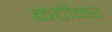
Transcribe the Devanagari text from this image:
कठीकर